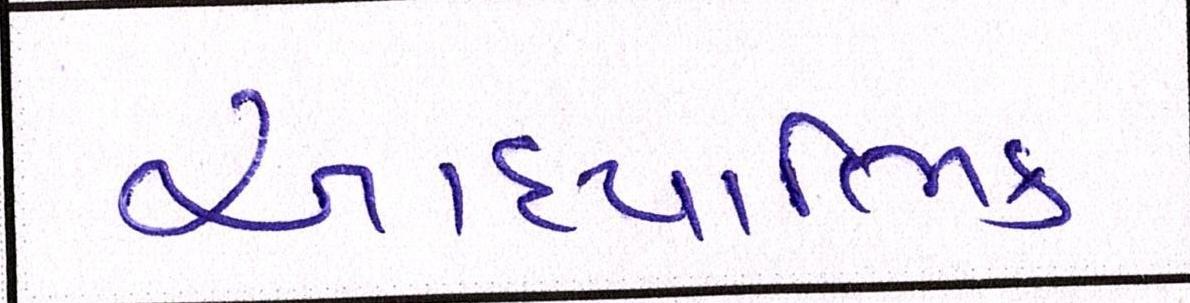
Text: આધ્યાત્મિક